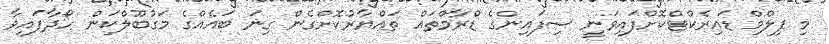
މި ފިލްމް ޑައިރެކްޓްކޮށްފައިވަނީ ސިފައިންގެ ޑްރާމްތައް ތައްޔާރުކޮށްގެން ގިނަ ބައެއްގެ މަގުބޫލްކަން ހޯދާފައިވާ